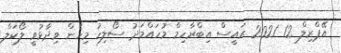
އޭޕްރިލް 12 2021 ރައީސް އިބްރާހިމް މުހައްމަދު ސޯލިހު މިހެން ވިދާޅުވީ ލޯކަލް